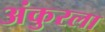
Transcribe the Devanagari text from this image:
अंकुरला